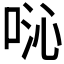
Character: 𫪍